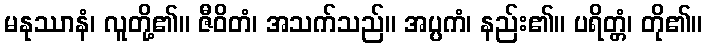
မနုဿာနံ၊ လူတို့၏။ ဇီဝိတံ၊ အသက်သည်။ အပ္ပကံ၊ နည်း၏။ ပရိတ္တံ၊ တို၏။